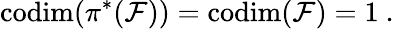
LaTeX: \mathrm{codim}(\pi^{*}({\mathcal F}))=\mathrm{codim}({\mathcal F})=1\ .